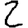
Digit: 2